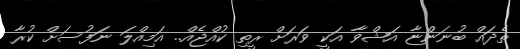
ތެދައް ބުނަންޏާ އަޝްވާ އަކީ ވަރަށް ރީތި ކުއްޖެއް.. އަމިއްލަ ނަފުސަށް ކުރާ